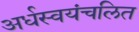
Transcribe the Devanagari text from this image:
अर्धस्वयंचलित